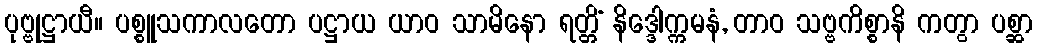
ပုဗ္ဗုဋ္ဌာယီ။ ပစ္စူသကာလတော ပဋ္ဌာယ ယာဝ သာမိနော ရတ္တိံ နိဒ္ဒေါက္ကမနံ, တာဝ သဗ္ဗကိစ္စာနိ ကတွာ ပစ္ဆာ